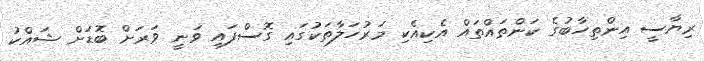
ރިޔާސީ އިންތިހާބުގެ ކަންތައްތައް އެކިއެކި މަރުހަލާތަކުގައި ގޮސްފައި ވަނީ ވަރަށް ބޮޑަށް ޝައްކު